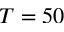
T = 5 0